Annual report on the mental hospital in the Central Provinces and Berar (Nagpur) - 1927-1951
Year: 1927
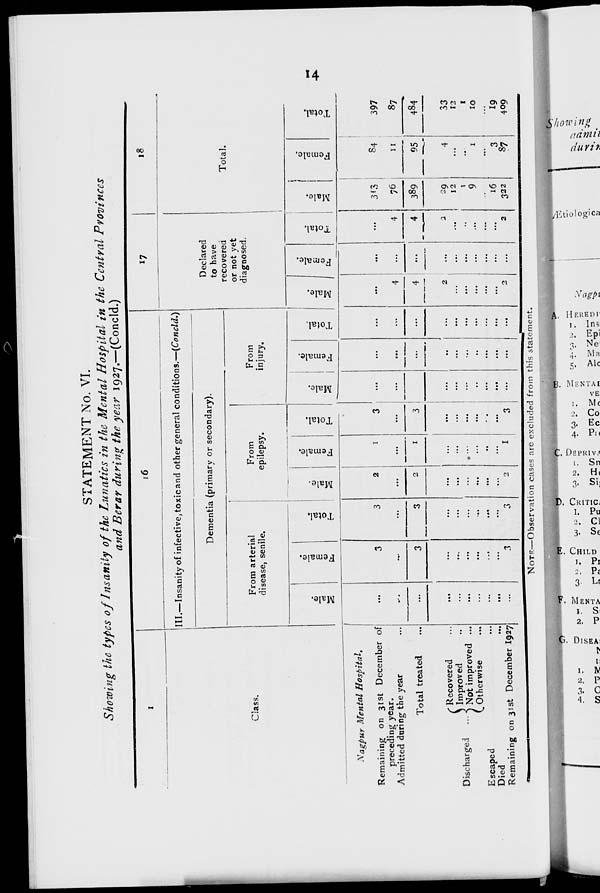
14
STATEMENT No. VI.
Showing the types of Insanity of the Lunatics in the Mental Hospital in the Central Provinces
and Berar during the year 1927.—(Concld.)
1
Class.
Nagpur Mental Hospital.
Remaining on 31st December of
preceding year.
Admitted during the year ...
Total treated ...
Discharged
Recovered ...
Improved ...
Not improved ...
Otherwise ...
Escaped ...
Died ...
Remaining on 31st December 1927
16
III.—Insanity of infective, toxic and other general conditions.—(Concld.)
Dementia (primary or secondary).
From arterial
disease, senile.
Male.
...
...
...
...
...
...
...
...
...
...
Female.
3
...
3
...
...
...
...
...
...
3
Total.
3
...
3
...
...
...
...
...
...
3
From
epilepsy.
Male.
2
...
2
...
...
...
...
...
...
2
Female.
1
...
1
...
...
...
...
...
...
1
Total.
3
...
3
...
...
...
...
...
...
3
From
injury.
Male.
...
...
...
...
...
...
...
...
...
...
Female.
...
...
...
...
...
...
...
...
...
...
Total.
...
...
...
...
...
...
...
...
...
...
17
Declared
to have
recovered
or not yet
diagnosed.
Male.
...
4
4
2
...
...
...
...
...
2
Female.
...
...
...
...
...
...
...
...
...
...
Total.
...
4
4
2
...
...
...
...
...
2
18
Total.
Male.
313
76
389
29
12
1
9
...
16
322
Female.
84
11
95
4
...
...
1
...
3
87
Total.
397
87
484
33
12
1
10
...
19
409
NOTE—Observation cases are excluded from this statement.